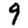
Digit: 9